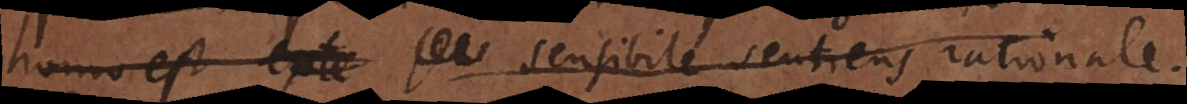
Homo est exte sen sensibile sentiens rationale.